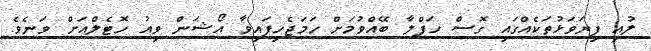
ލުއި ފިޔަވަޅުތަކެއްގައި ގޮސް ހަފްލާ ބޭއްވުމަށް ހަމަޖެހިފައިވާ އޯޝަން ވިއު ހޮޓެލްއަށް ވަނެވެ.